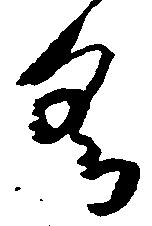
具